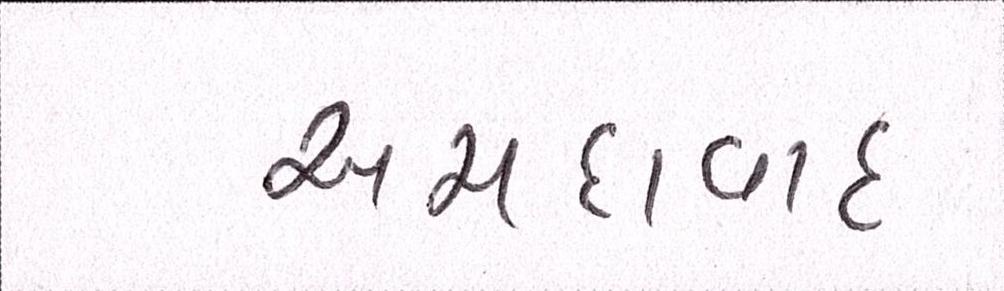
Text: અમદાવાદઃ